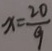
x = \frac { 2 0 } { 9 }